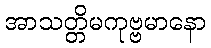
အာသတ္တိမကုဗ္ဗမာနော